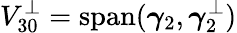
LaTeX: V_{30}^{\perp}=\operatorname{span}(\boldsymbol{\gamma}_{2},\boldsymbol{\gamma}_{2}^{\perp})